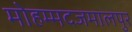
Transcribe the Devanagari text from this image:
मोहम्मदजमालपुर